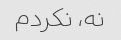
نه، نکردم